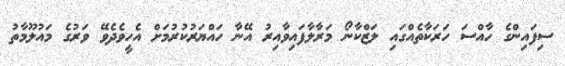
ސިފައިންގެ ހާއްސަ ހަރަކާތެއްގައި ލަޒްކާނޯ މަރާލާފައިވާއިރު އޭނާ ހައްޔަރުކުރުމަށް އެހީވެދެވޭ ވަރުގެ މައުލޫމާތު